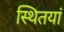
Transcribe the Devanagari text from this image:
स्थितयां